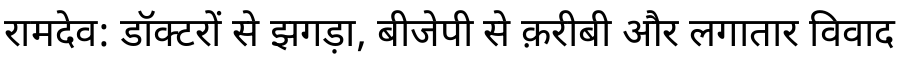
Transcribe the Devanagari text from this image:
रामदेव: डॉक्टरों से झगड़ा, बीजेपी से क़रीबी और लगातार विवाद